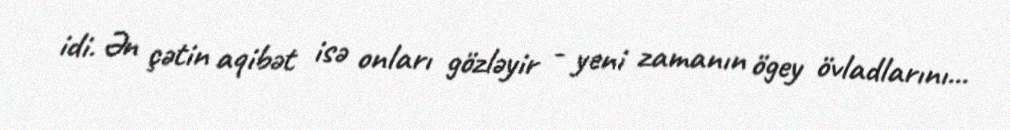
idi. Ən çətin aqibət isə onları gözləyir - yeni zamanın ögey övladlarını...